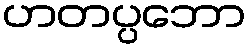
ဟတပ္ပဘော